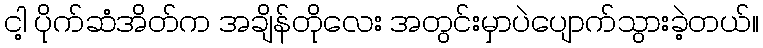
ငါ့ ပိုက်ဆံအိတ်က အချိန်တိုလေး အတွင်းမှာပဲပျောက်သွားခဲ့တယ်။